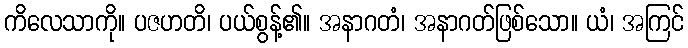
ကိလေသာကို။ ပဇဟတိ၊ ပယ်စွန့်၏။ အနာဂတံ၊ အနာဂတ်ဖြစ်သော။ ယံ၊ အကြင်